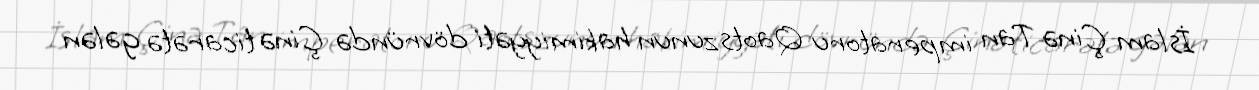
İslam Çinə Tan imperatoru Qaotszunun hakimiyyəti dövründə Çinə ticarətə gələn